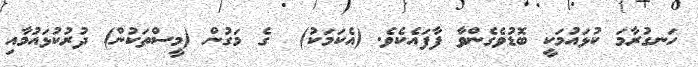
ހަނގުރާމަ ކުޅައުމަކީ ބޮޑުވެގެންވާ ފާފައެކެވެ. (އެކަމަކު)  ގެ މަގުން (މީސްތަކުން) ދުރުކުޅައުމާއި